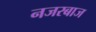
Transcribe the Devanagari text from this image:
नजरबाज